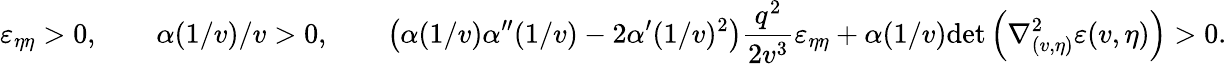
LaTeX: \varepsilon_{\eta\eta}>0,\qquad\alpha(1/v)/v>0,\qquad\left(\alpha(1/v)\alpha^{\prime\prime}(1/v)-2\alpha^{\prime}(1/v)^{2}\right)\frac{q^{2}}{2v^{3}}\varepsilon_{\eta\eta}+\alpha(1/v)\mathrm{det}\left(\nabla_{(v,\eta)}^{2}\varepsilon(v,\eta)\right)>0.